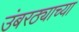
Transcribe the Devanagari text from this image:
उंबरठ्याच्या